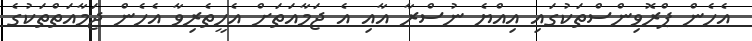
އެހެން ޕްރޮވިންސްތަކުގައި އިއްޔެ ނުސްރާ އާއި އެ ޖަމާއަތަށް އެހީތެރިވާ އެހެން ޖަމާއަތްތަކުގެ